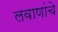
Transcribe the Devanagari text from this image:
लवाणांचे